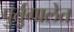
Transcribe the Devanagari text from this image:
पुर्तुगालेत